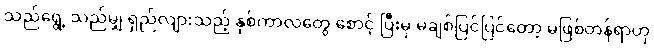
သည်ရွေ့ သည်မျှ ရှည်လျားသည့် နှစ်ကာလတွေ စောင့် ပြီးမှ မချစ်ပြင်ပြင်တော့ မဖြစ်တန်ရာဟု